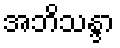
အဘိသန္ဒာ